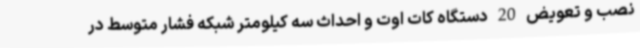
نصب و تعویض 20 دستگاه کات اوت و احداث سه کیلومتر شبکه فشار متوسط در